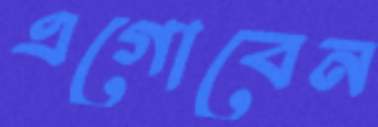
এগোবেন